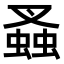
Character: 𧎮